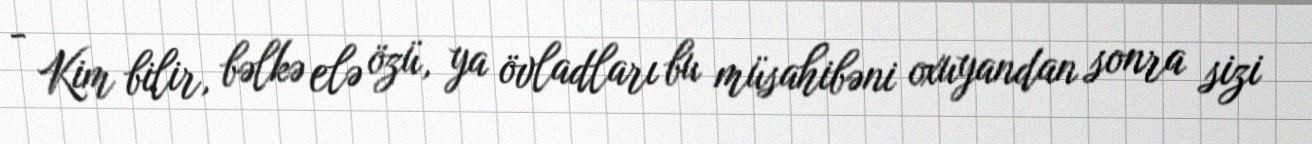
- Kim bilir, bəlkə elə özü, ya övladları bu müsahibəni oxuyandan sonra sizi